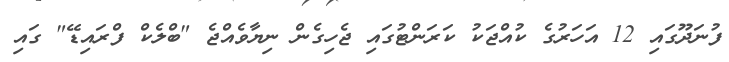
ފުނަދޫގައި 12 އަހަރުގެ ކުއްޖަކު ކަރަންޓުގައި ޖެހިގެން ނިޔާވެއްޖެ "ބްލެކް ފްރައިޑޭ" ގައި